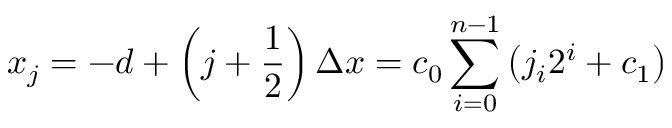
x _ { j } = - d + \left( j + \frac { 1 } { 2 } \right) \Delta x = c _ { 0 } \sum _ { i = 0 } ^ { n - 1 } \left( j _ { i } 2 ^ { i } + c _ { 1 } \right)